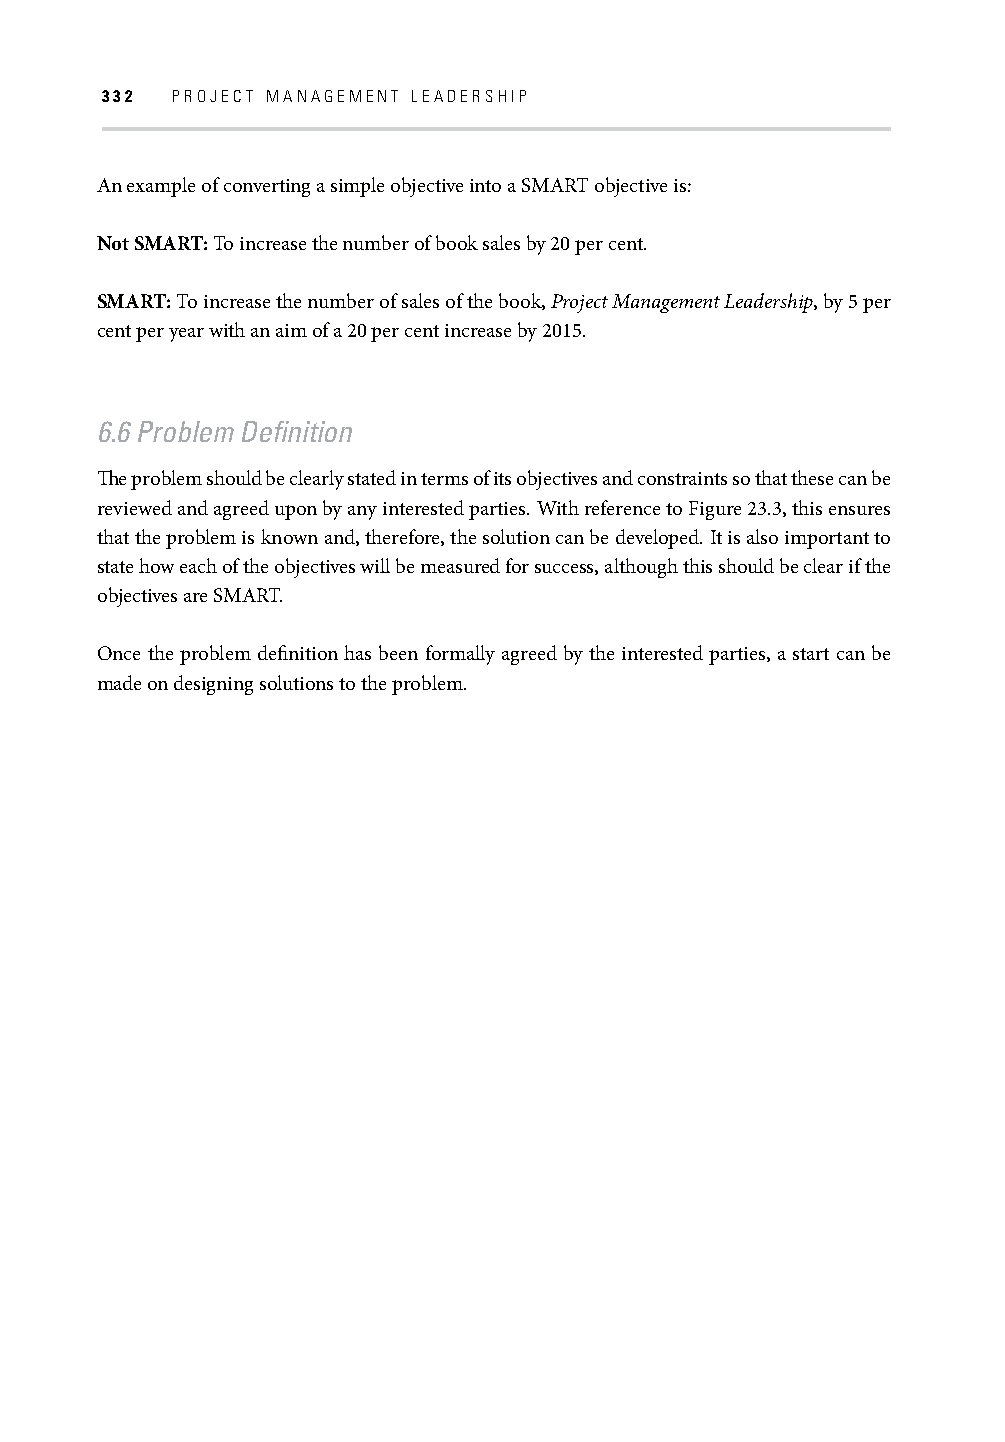
332 PROJECT MANAGEMENT LEADERSHIP
 An example of converting a simple objective into a SMART objective is:
 Not SMART: To increase the number of book sales by 20 per cent.
 SMART: To increase the number of sales of the book, Project Management Leadership, by 5 per
 cent per year with an aim of a 20 per cent increase by 2015.
 6.6 Problem Defi nition
 Th e problem should be clearly stated in terms of its objectives and constraints so that these can be
 reviewed and agreed upon by any interested parties. With reference to Figure 23.3, this ensures
 that the problem is known and, therefore, the solution can be developed. It is also important to
 state how each of the objectives will be measured for success, although this should be clear if the
 objectives are SMART.
 Once the problem defi nition has been formally agreed by the interested parties, a start can be
 made on designing solutions to the problem.